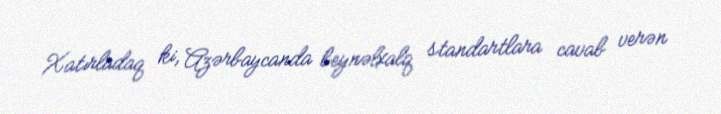
Xatırladaq ki, Azərbaycanda beynəlxalq standartlara cavab verən